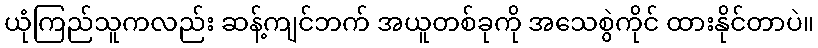
ယုံကြည်သူကလည်း ဆန့်ကျင်ဘက် အယူတစ်ခုကို အသေစွဲကိုင် ထားနိုင်တာပဲ။